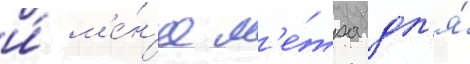
и́ м'е́н'ее м'е́тра дл'я́